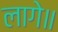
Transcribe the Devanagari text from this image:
लागे॥